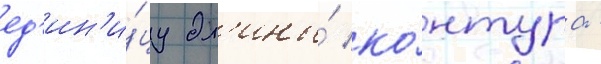
ед'ин'и́цу дл'ины́ ко́нтура -